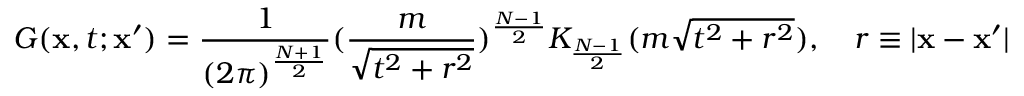
G ( \mathbf { x } , t ; \mathbf { x } ^ { \prime } ) = \frac { 1 } { ( 2 \pi ) ^ { \frac { N + 1 } { 2 } } } ( \frac { m } { \sqrt { t ^ { 2 } + r ^ { 2 } } } ) ^ { \frac { N - 1 } { 2 } } K _ { \frac { N - 1 } { 2 } } ( m \sqrt { t ^ { 2 } + r ^ { 2 } } ) , \quad r \equiv | \mathbf { x } - \mathbf { x } ^ { \prime } |